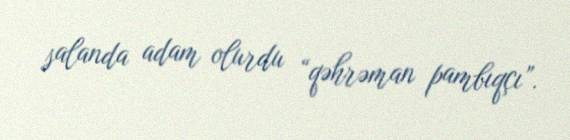
salanda adam olurdu “qəhrəman pambıqçı”.